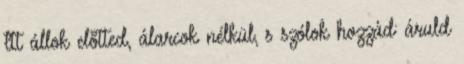
Itt állok elõtted, álarcok nélkül, s szólok hozzád: áruld